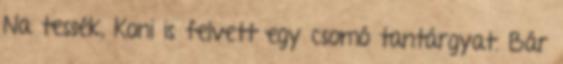
Na tessék, Koni is felvett egy csomó tantárgyat. Bár